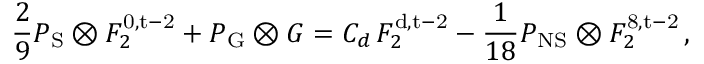
\frac { 2 } { 9 } P _ { \mathrm { S } } \otimes F _ { 2 } ^ { \mathrm { 0 , t - 2 } } + P _ { \mathrm { G } } \otimes G = C _ { d } \, F _ { 2 } ^ { \mathrm { d , t - 2 } } - \frac { 1 } { 1 8 } P _ { \mathrm { N S } } \otimes F _ { 2 } ^ { \mathrm { 8 , t - 2 } } \, ,